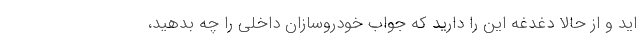
اید و از حالا دغدغه این را دارید که جواب خودروسازان داخلی را چه بدهید،